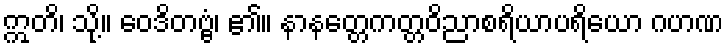
ဣတိ၊ သို့။ ဝေဒိတဗ္ဗံ၊ ၏။ နာနတ္တေကတ္တဝိညာစရိယာပရိယော ဂဟဏ